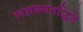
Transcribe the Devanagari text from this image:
लशक्वतद्धिते